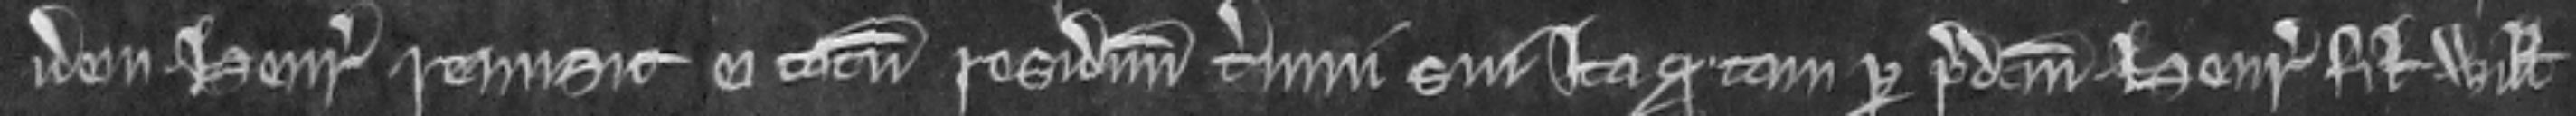
idem Henricus remisit ei totum residuum termini sui ita quod tam per predictum Henricum filium Willelmi